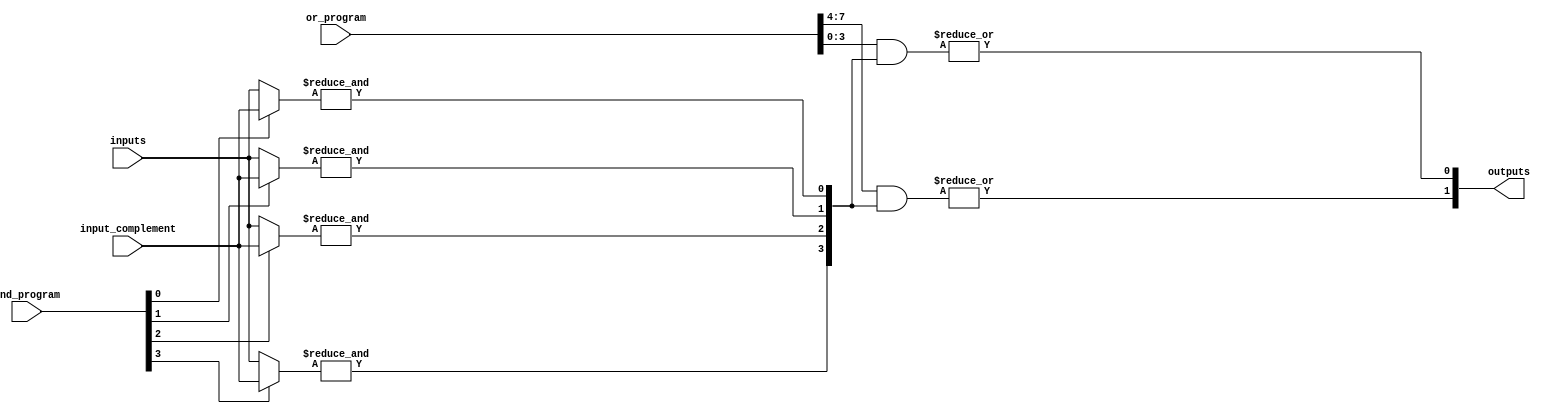
module programmable_logic_array #(
    parameter N = 4, // Number of inputs
    parameter M = 2, // Number of outputs
    parameter P = 4  // Number of AND gates
)(
    input [N-1:0] inputs,           // Inputs
    input [N-1:0] input_complement, // Complemented inputs
    input [P-1:0] and_program,      // AND gate programmability (P bits for P AND gates)
    input [M*P-1:0] or_program,     // OR gate programmability (M outputs, each with P bits)
    output [M-1:0] outputs          // Outputs
);

    wire [P-1:0] and_out; // Outputs from AND gates

    // AND Array
    genvar i;
    generate
        for (i = 0; i < P; i = i + 1) begin : and_array
            wire [N-1:0] and_inputs;
            assign and_inputs = {and_program[i] ? input_complement[N-1:0] : inputs[N-1:0]};
            
            // Example implementation of AND logic
            assign and_out[i] = &and_inputs; // AND operation
        end
    endgenerate

    // OR Array
    genvar j;
    generate
        for (j = 0; j < M; j = j + 1) begin : or_array
            wire [P-1:0] or_inputs;
            assign or_inputs = or_program[j*P +: P]; // Select P bits for the j-th OR gate

            // Example implementation of OR logic
            assign outputs[j] = |(or_inputs & and_out); // OR operation
        end
    endgenerate

endmodule